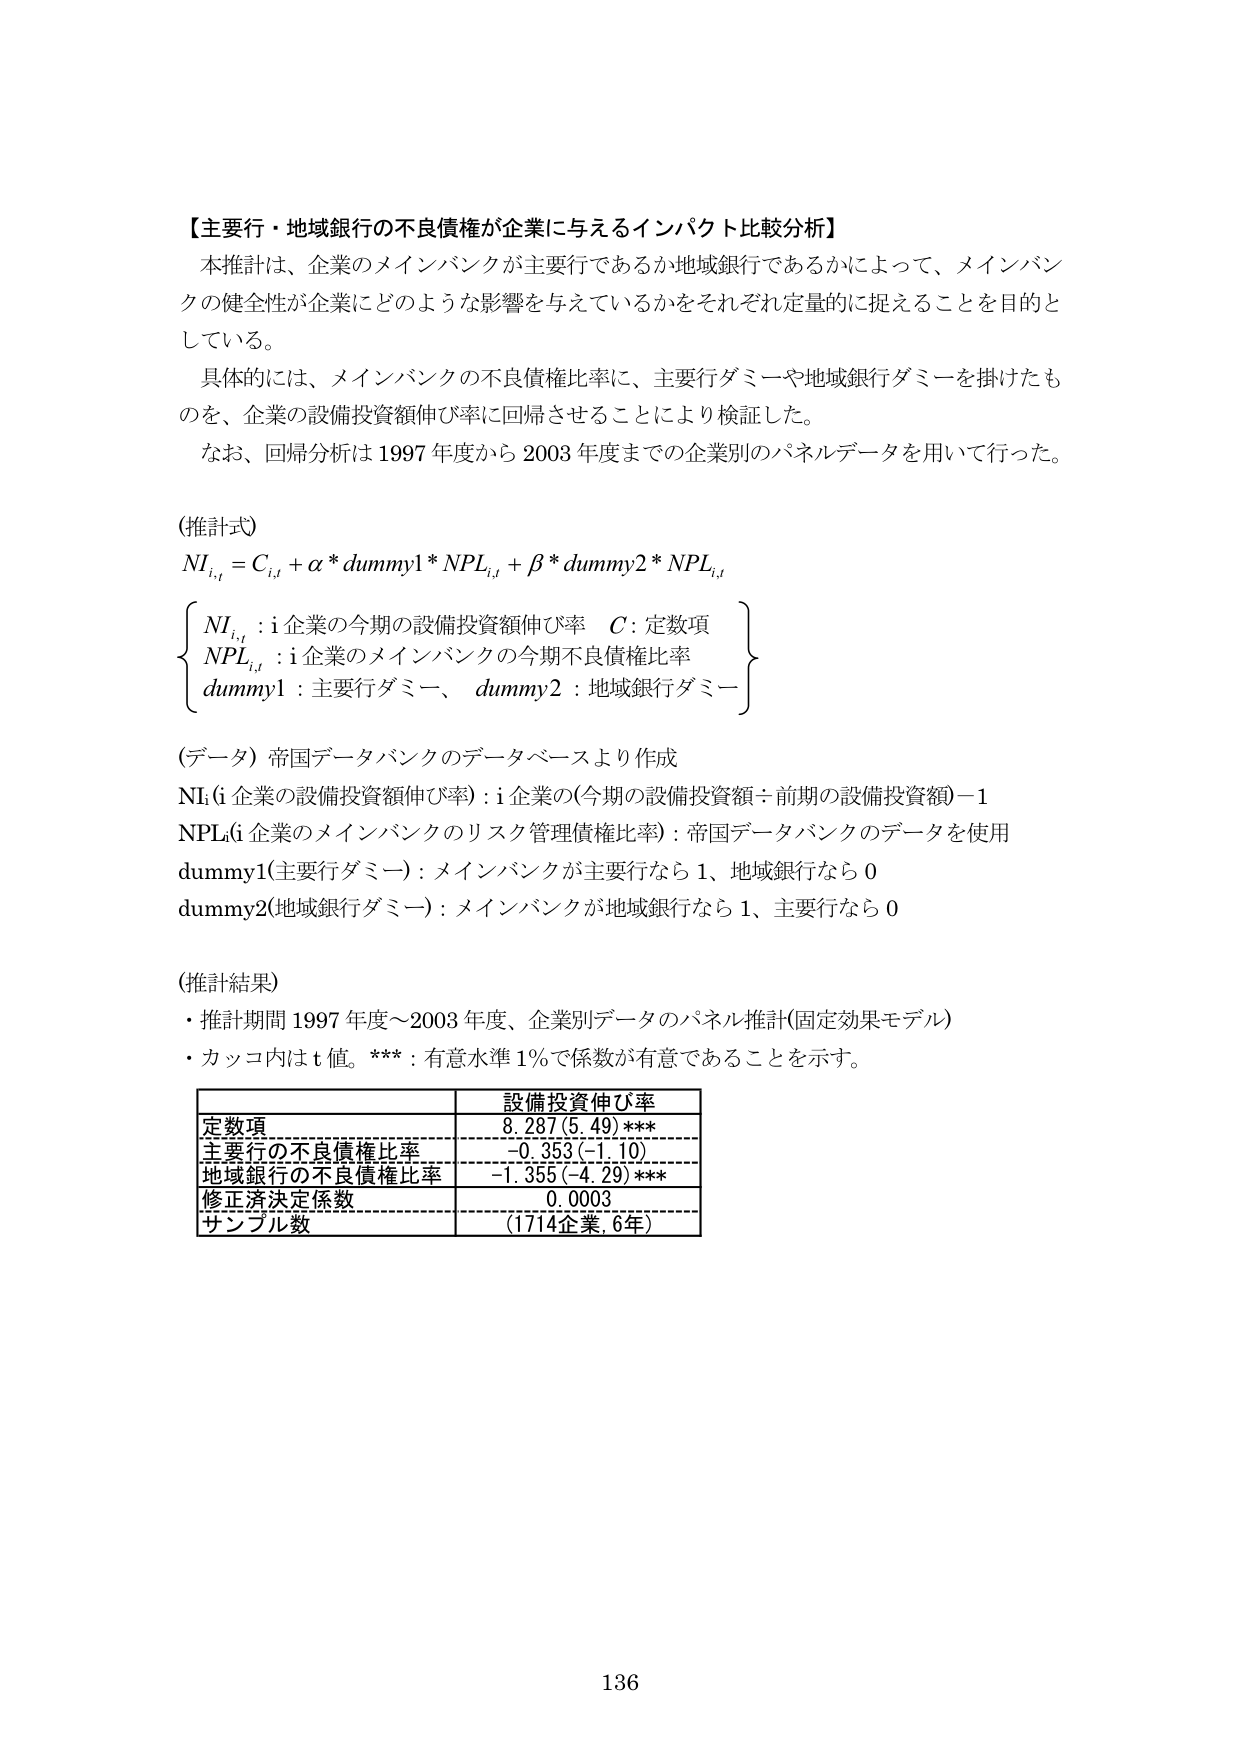
【主要行・地域銀行の不良債権が企業に与えるインパクト比較分析】
本推計は、企業のメインバンクが主要行であるか地域銀行であるかによって、メインバンクの健全性が企業にどのような影響を与えているかをそれぞれ定量的に捉えることを目的としている。
具体的には、メインバンクの不良債権比率に、主要行ダミーや地域銀行ダミーを掛けたものを、企業の設備投資額伸び率に回帰させることにより検証した。
なお、回帰分析は1997年度から2003年度までの企業別のパネルデータを用いて行った。

（推計式）
NI<sub>i,t</sub> = C<sub>i,t</sub> + α * dummy1 * NPL<sub>i,t</sub> + β * dummy2 * NPL<sub>i,t</sub>

{
NI<sub>i,t</sub> : i企業の今期の設備投資額伸び率　C: 定数項
NPL<sub>i,t</sub> : i企業のメインバンクの今期不良債権比率
dummy1 : 主要行ダミー、　dummy2 : 地域銀行ダミー
}

（データ）帝国データバンクのデータベースより作成
NI(i企業の設備投資額伸び率) : i企業の(今期の設備投資額 : 前期の設備投資額)－1
NPL(i企業のメインバンクのリスク管理債権比率) : 帝国データバンクのデータを使用
dummy1(主要行ダミー) : メインバンクが主要行なら1、地域銀行なら0
dummy2(地域銀行ダミー) : メインバンクが地域銀行なら1、主要行なら0

（推計結果）
・推計期間1997年度～2003年度、企業別データのパネル推計(固定効果モデル)
・カッコ内はt値。*** : 有意水準1％で係数が有意であることを示す。

| | 設備投資伸び率 |
|---|---|
| 定数項 | 8.287 (5.49)*** |
| 主要行の不良債権比率 | -0.353 (-1.10) |
| 地域銀行の不良債権比率 | -1.355 (-4.29)*** |
| 修正済決定係数 | 0.0003 |
| サンプル数 | (1714企業, 6年) |

136